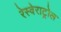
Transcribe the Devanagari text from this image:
रेस्वेराट्रोल